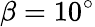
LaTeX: \beta=10^{\circ}